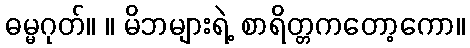
ဓမ္မဂုတ်။ ။ မိဘများရဲ့ စာရိတ္တကတော့ကော။